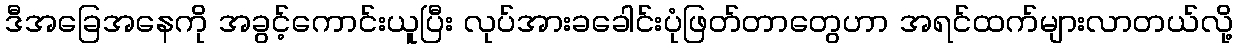
ဒီအခြေအနေကို အခွင့်ကောင်းယူပြီး လုပ်အားခခေါင်းပုံဖြတ်တာတွေဟာ အရင်ထက်များလာတယ်လို့